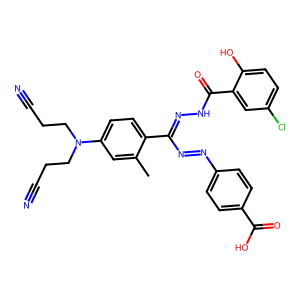
SMILES: Cc1cc(N(CCC#N)CCC#N)ccc1C(N=Nc1ccc(C(=O)O)cc1)=NNC(=O)c1cc(Cl)ccc1O
Inhibits HIV replication: No